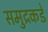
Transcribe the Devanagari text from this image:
समुद्रकडे